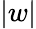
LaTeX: |w|